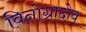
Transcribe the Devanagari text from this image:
विनोग्रादोव